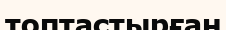
топтастырған